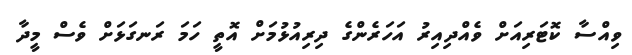
ވިއްސާ ކޮޓަރިއަށް ވެއްދިއިރު އަހަރެންގެ ދިރިއުޅުމަށް އޮތީ ހަމަ ރަނގަޅަށް ވެސް މީދާ